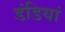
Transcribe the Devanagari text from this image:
डंडियां